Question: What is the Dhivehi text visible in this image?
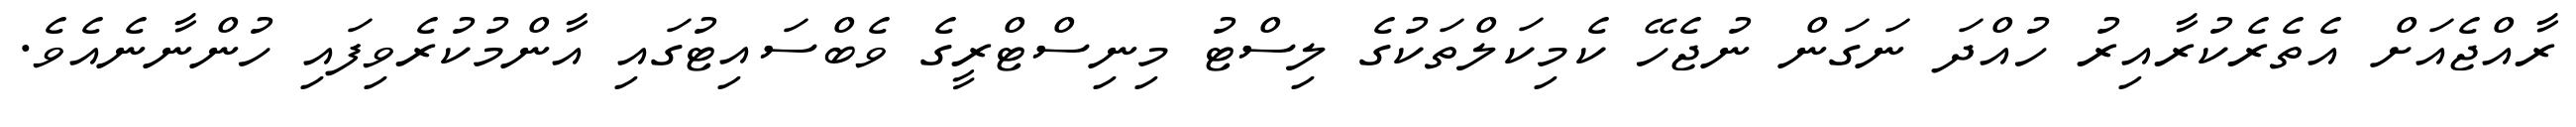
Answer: ރާއްޖެއަށް އެތެރެކުރާއިރު ހުއްދަ ނަގަން ނުޖެހޭ ކެމިކަލްތަކުގެ ލިސްޓު މިނިސްޓްރީގެ ވެބްސައިޓުގައި އާންމުކުރެވިފައި ހުންނާނެއެވެ.